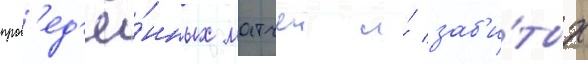
пров'ед'ё́нных матчеи и́ заб'и́тых